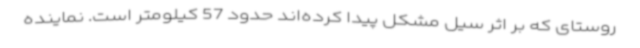
روستای که بر اثر سیل مشکل پیدا کرده‌اند حدود 57 کیلومتر است. نماینده